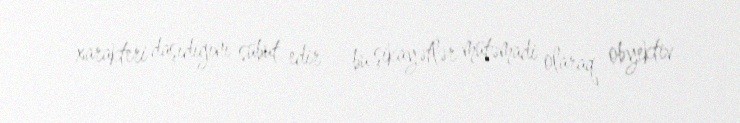
xarakteri daşıdığını sübut edir - bu şikayətlər mütəmadi olaraq obyektiv